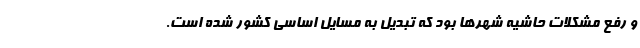
و رفع مشکلات حاشیه شهرها بود که تبدیل به مسایل اساسی کشور شده است.